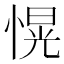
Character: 愰